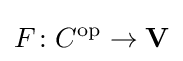
F\colon C^{\mathrm {op} }\to \mathbf {V}